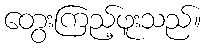
တွေးကြည့်ဖူးသည်။